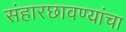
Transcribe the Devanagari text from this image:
संहारछावण्यांचा